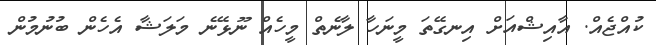
ކުއްޖެއް. އާއިޝްއަށް އިނގޭތަ މީނަހާ ލާނެތް މީހެއް ނޫޅޭނެ މަލަޝާ އެހެން ބުނުމުން